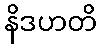
နိဒဟတိ